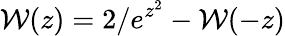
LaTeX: \mathcal{W}(z)=2/e^{z^{2}}-\mathcal{W}(-z)